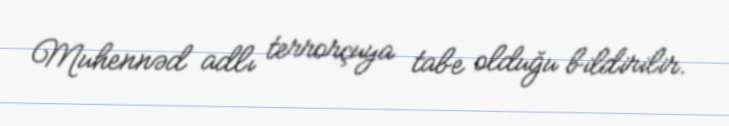
Muhennəd adlı terrorçuya tabe olduğu bildirilir.